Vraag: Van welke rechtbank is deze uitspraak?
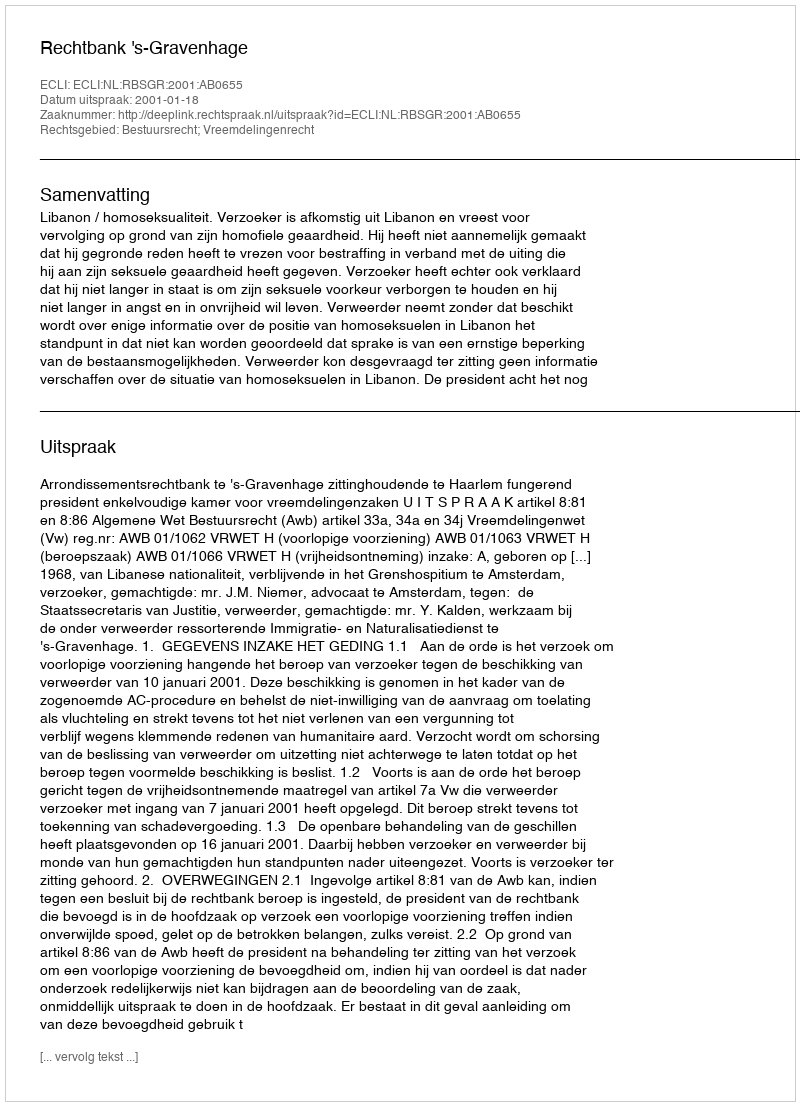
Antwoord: Rechtbank 's-Gravenhage